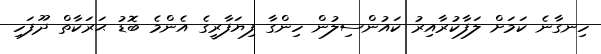
ހިނގާނެ ކަމަށް ލަފާކުރާއިރު ކައުންސިލުން ހިންގާ ފިޔަފާރީގެ އެންމެ ބޮޑު ޙަރަކާތް ދޫފަހި